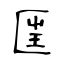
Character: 匩